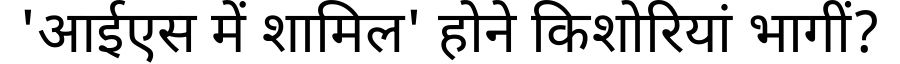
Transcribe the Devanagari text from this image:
'आईएस में शामिल' होने किशोरियां भागीं?